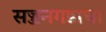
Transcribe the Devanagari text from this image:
सज्जनगडाचा